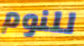
للنوم